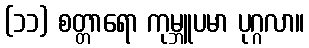
(၁၁) စတ္တာရော ကုမ္ဘူပမာ ပုဂ္ဂလာ။